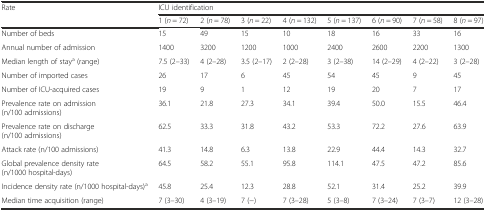
<table><thead><tr><td><b>Rate</b></td><td colspan="8"><b>ICU identification</b></td></tr><tr><td></td><td><b>1 (<i>n</i> = 72)</b></td><td><b>2 (<i>n</i> = 78)</b></td><td><b>3 (<i>n</i> = 22)</b></td><td><b>4 (<i>n</i> = 132)</b></td><td><b>5 (<i>n</i> = 137)</b></td><td><b>6 (<i>n</i> = 90)</b></td><td><b>7 (<i>n</i> = 58)</b></td><td><b>8 (<i>n</i> = 97)</b></td></tr></thead><tbody><tr><td>Number of beds</td><td>15</td><td>49</td><td>15</td><td>10</td><td>18</td><td>16</td><td>33</td><td>16</td></tr><tr><td>Annual number of admission</td><td>1400</td><td>3200</td><td>1200</td><td>1000</td><td>2400</td><td>2600</td><td>2200</td><td>1300</td></tr><tr><td>Median length of stay<sup>a</sup> (range)</td><td>7.5 (2–33)</td><td>4 (2–28)</td><td>3.5 (2–17)</td><td>2 (2–28)</td><td>3 (2–38)</td><td>14 (2–29)</td><td>4 (2–22)</td><td>3 (2–28)</td></tr><tr><td>Number of imported cases</td><td>26</td><td>17</td><td>6</td><td>45</td><td>54</td><td>45</td><td>9</td><td>45</td></tr><tr><td>Number of ICU-acquired cases</td><td>19</td><td>9</td><td>1</td><td>12</td><td>19</td><td>20</td><td>7</td><td>17</td></tr><tr><td>Prevalence rate on admission (n/100 admissions)</td><td>36.1</td><td>21.8</td><td>27.3</td><td>34.1</td><td>39.4</td><td>50.0</td><td>15.5</td><td>46.4</td></tr><tr><td>Prevalence rate on discharge (n/100 admissions)</td><td>62.5</td><td>33.3</td><td>31.8</td><td>43.2</td><td>53.3</td><td>72.2</td><td>27.6</td><td>63.9</td></tr><tr><td>Attack rate (n/100 admissions)</td><td>41.3</td><td>14.8</td><td>6.3</td><td>13.8</td><td>22.9</td><td>44.4</td><td>14.3</td><td>32.7</td></tr><tr><td>Global prevalence density rate (n/1000 hospital-days)</td><td>64.5</td><td>58.2</td><td>55.1</td><td>95.8</td><td>114.1</td><td>47.5</td><td>47.2</td><td>85.6</td></tr><tr><td>Incidence density rate (n/1000 hospital-days)<sup>a</sup></td><td>45.8</td><td>25.4</td><td>12.3</td><td>28.8</td><td>52.1</td><td>31.4</td><td>25.2</td><td>39.9</td></tr><tr><td>Median time acquisition (range)</td><td>7 (3–30)</td><td>4 (3–19)</td><td>7 (−)</td><td>7 (3–28)</td><td>5 (3–8)</td><td>7 (3–24)</td><td>7 (3–7)</td><td>12 (3–28)</td></tr></tbody></table>